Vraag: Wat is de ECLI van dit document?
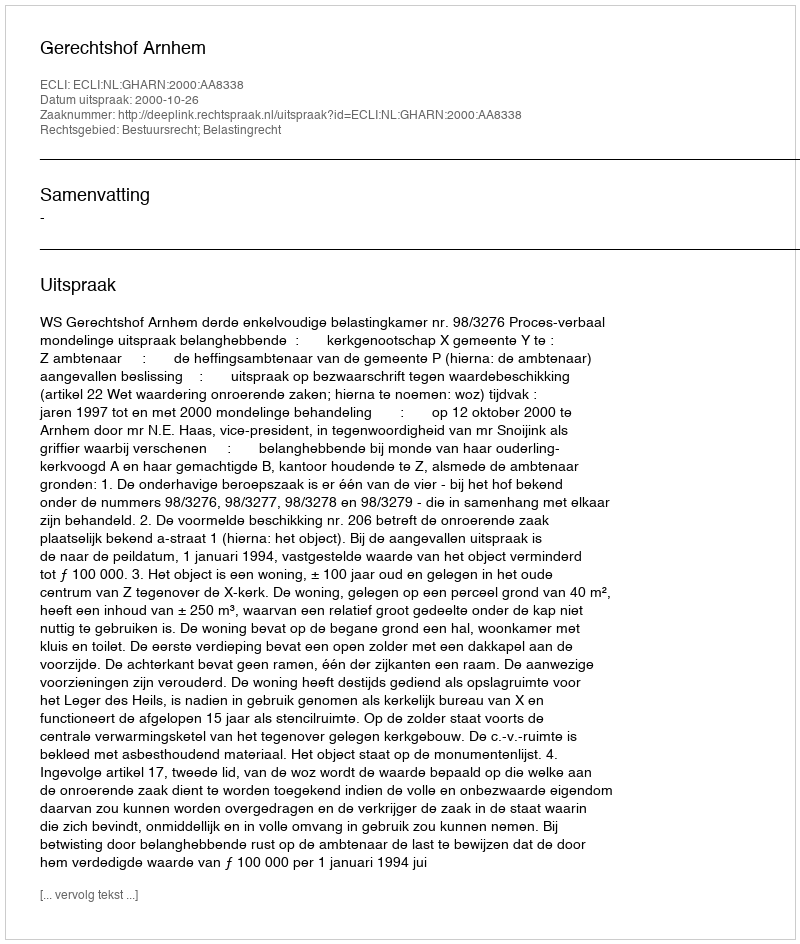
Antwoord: ECLI:NL:GHARN:2000:AA8338